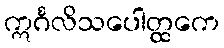
ဣင်္ဂလိသပေါတ္ထကေ